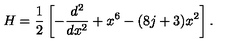
H = \frac { 1 } { 2 } \left[ - \frac { d ^ { 2 } } { d x ^ { 2 } } + x ^ { 6 } - ( 8 j + 3 ) x ^ { 2 } \right] .